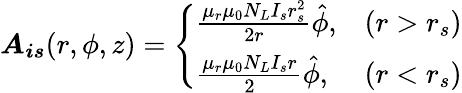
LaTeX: \boldsymbol{A_{is}}(r,\phi,z)=\left\{ \begin{array}{ll}{\frac{\mu_{r}\mu_{0}N_{L}I_{s}r_{s}^{2}}{2r}\hat{\phi},}&{(r>r_{s})}\\ {\frac{\mu_{r}\mu_{0}N_{L}I_{s}r}{2}\hat{\phi},}&{(r<r_{s})}\end{array}\right.